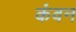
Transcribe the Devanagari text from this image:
कंवन